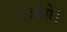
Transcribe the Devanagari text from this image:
होओगे।